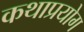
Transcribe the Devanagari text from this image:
कथाप्रयोग